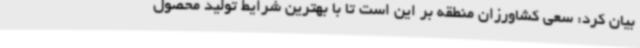
بیان کرد: سعی کشاورزان منطقه بر این است تا با بهترین شرایط تولید محصول